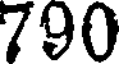
790